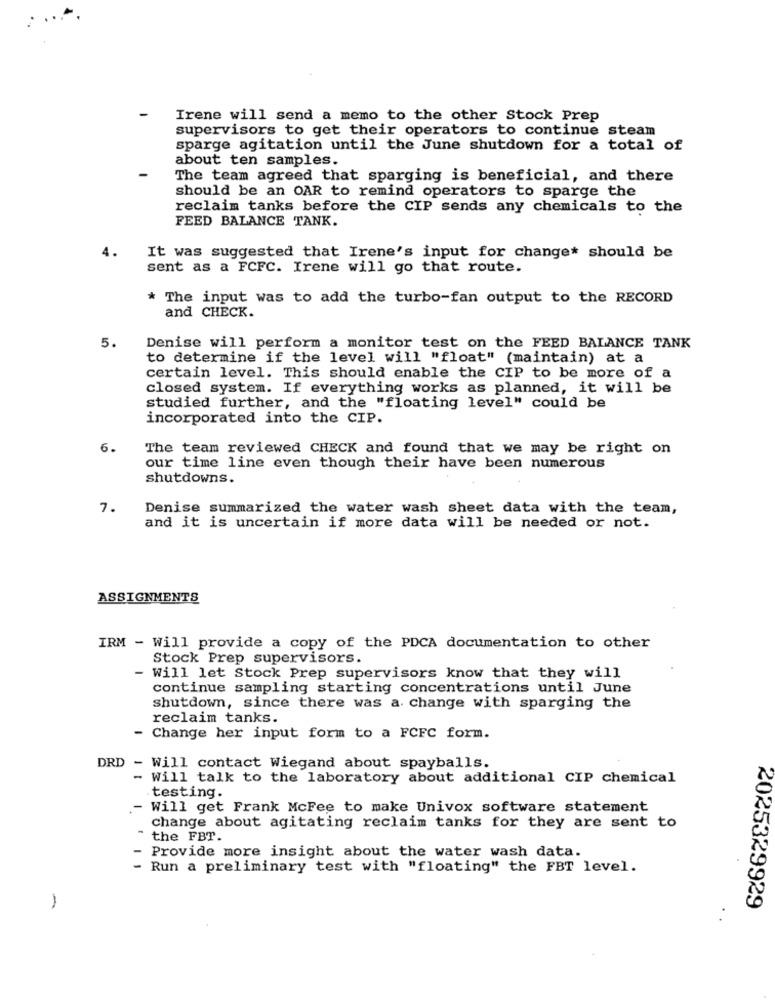
Irene will send a memo to the other Stock Prep
supervisors to get their operators to continue steam
sparge agitation until the June shutdown for a total of
about ten samples.
The team agreed that sparging is beneficial, and there
should be an OAR to remind operators to sparge the
reclaim tanks before the CIP sends any chemicals to the
FEED BALANCE TANK.
4.
It was suggested that Irene's input for change* should be
sent as a FCFC. Irene will go that route.
The input was to add the turbo-fan output to the RECORD
and CHECK.
5.
Denise will perform a monitor test on the FEED BALANCE TANK
to determine if the level will "float" (maintain) at a
certain level. This should enable the CIP to be more of a
closed system. If everything works as planned, it will be
studied further, and the "floating level" could be
incorporated into the CIP.
6.
The team reviewed CHECK and found that we may be right on
our time line even though their have been numerous
shutdowns.
7.
Denise summarized the water wash sheet data with the team,
and it is uncertain if more data will be needed or not.
ASSIGNMENTS
IRM - Will provide a copy of the PDCA documentation to other
Stock Prep supervisors.
- Will let Stock Prep supervisors know that they will
continue sampling starting concentrations until June
shutdown, since there was a change with sparging the
reclaim tanks.
- Change her input form to a FCFC form.
DRD - Will contact Wiegand about spayballs.
- Will talk to the laboratory about additional CIP chemical
testing.
- Will get Frank McFee to make Univox software statement
change about agitating reclaim tanks for they are sent to
" the FBT.
- Provide more insight about the water wash data.
- Run a preliminary test with "floating" the FBT level.
1
2025329929